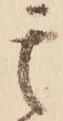
其